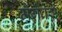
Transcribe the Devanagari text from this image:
मैंगेवेर्स